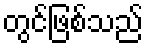
တွင်ဖြစ်သည်